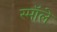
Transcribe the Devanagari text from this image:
स्मॉले